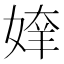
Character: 𰌍